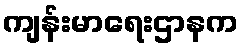
ကျန်းမာရေးဌာနက